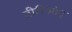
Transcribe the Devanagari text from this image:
तीरिओट्